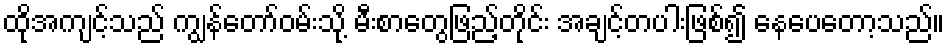
ထိုအကျင့်သည် ကျွန်တော်ဝမ်းသို့ မီးစာတွေဖြည့်တိုင်း အချင့်တပါးဖြစ်၍ နေပေတော့သည်။